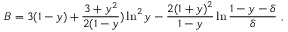
B = 3 ( 1 - y ) + \frac { 3 + y ^ { 2 } } { 2 ( 1 - y } ) \ln ^ { 2 } y - \frac { 2 ( 1 + y ) ^ { 2 } } { 1 - y } \ln \frac { 1 - y - \delta } { \delta } \ ,